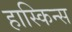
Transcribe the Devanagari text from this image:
हास्किन्स